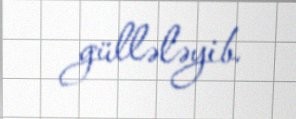
güllələyib.